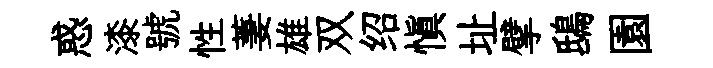
惑漆號性萋雄双绍愼址擘鴟園